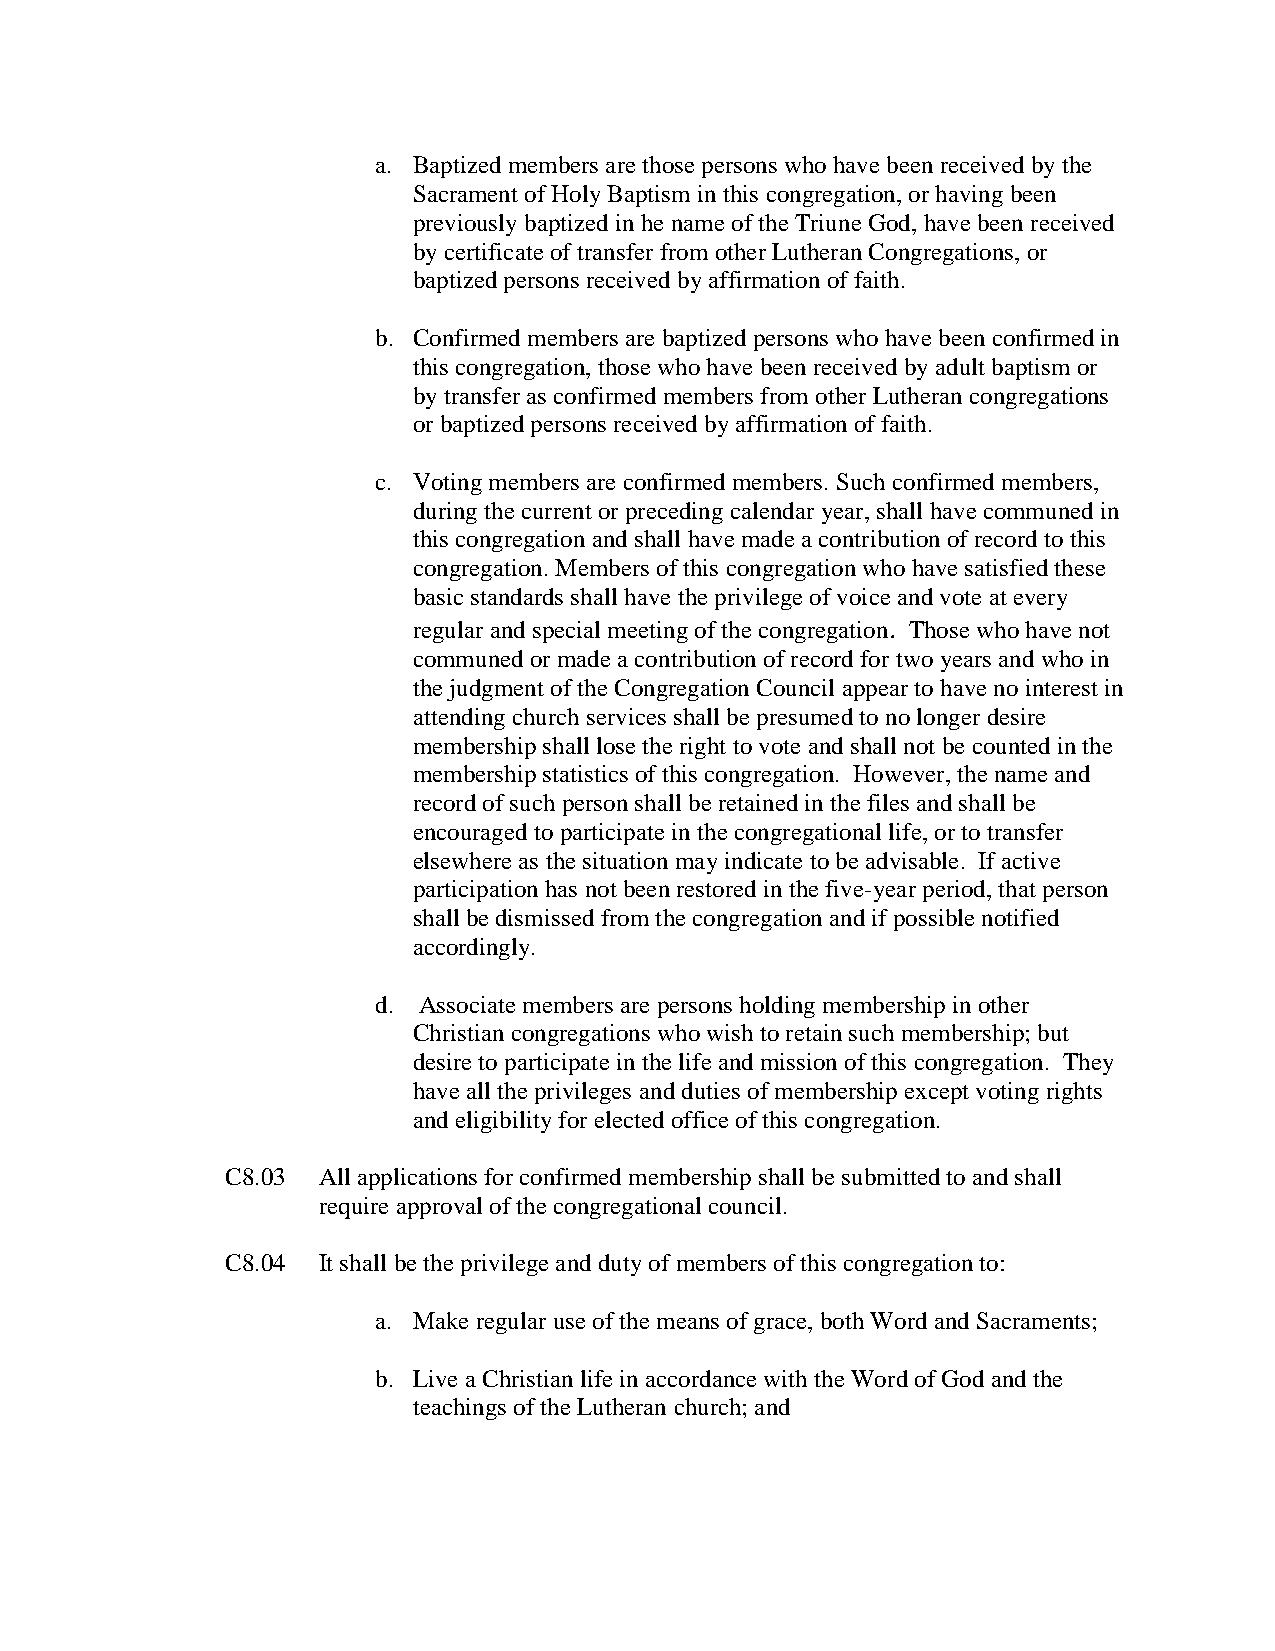
a. Baptized members are those persons who have been received by the
 Sacrament of Holy Baptism in this congregation, or having been
 previously baptized in he name of the Triune God, have been received
 by certificate of transfer from other Lutheran Congregations, or
 baptized persons received by affirmation of faith.
 b. Confirmed members are baptized persons who have been confirmed in
 this congregation, those who have been received by adult baptism or
 by transfer as confirmed members from other Lutheran congregations
 or baptized persons received by affirmation of faith.
 c. Voting members are confirmed members. Such confirmed members,
 during the current or preceding calendar year, shall have communed in
 this congregation and shall have made a contribution of record to this
 congregation. Members of this congregation who have satisfied these
 basic standards shall have the privilege of voice and vote at every
 regular and special meeting of the congregation. Those who have not
 communed or made a contribution of record for two years and who in
 the judgment of the Congregation Council appear to have no interest in
 attending church services shall be presumed to no longer desire
 membership shall lose the right to vote and shall not be counted in the
 membership statistics of this congregation. However, the name and
 record of such person shall be retained in the files and shall be
 encouraged to participate in the congregational life, or to transfer
 elsewhere as the situation may indicate to be advisable. If active
 participation has not been restored in the five-year period, that person
 shall be dismissed from the congregation and if possible notified
 accordingly.
 d. Associate members are persons holding membership in other
 Christian congregations who wish to retain such membership; but
 desire to participate in the life and mission of this congregation. They
 have all the privileges and duties of membership except voting rights
 and eligibility for elected office of this congregation.
 C8.03 All applications for confirmed membership shall be submitted to and shall
 require approval of the congregational council.
 C8.04 It shall be the privilege and duty of members of this congregation to:
 a. Make regular use of the means of grace, both Word and Sacraments;
 b. Live a Christian life in accordance with the Word of God and the
 teachings of the Lutheran church; and